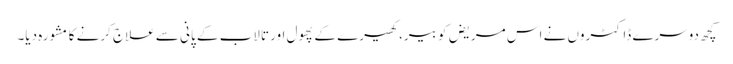
کچھ دوسرے ڈاکٹروں‌ نے اس مریض کو بیر، کھیرے کے پھول اور تالاب کے پانی سے علاج کرنے کا مشورہ دیا۔